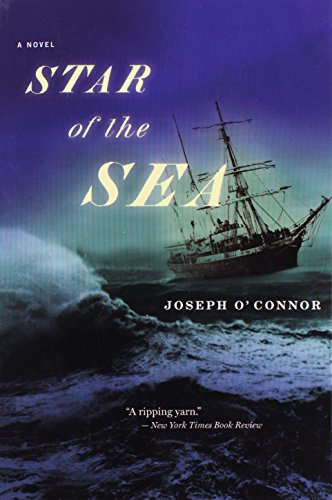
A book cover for Star of the Sea; Joseph O'Connor; Literature & Fiction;